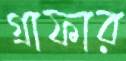
গ্রাফার